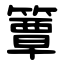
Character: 簟